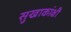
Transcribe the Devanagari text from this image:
सुखाकांक्षी